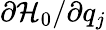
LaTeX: \partial\mathcal{H}_{0}/\partial q_{j}